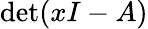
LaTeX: \det(xI-A)